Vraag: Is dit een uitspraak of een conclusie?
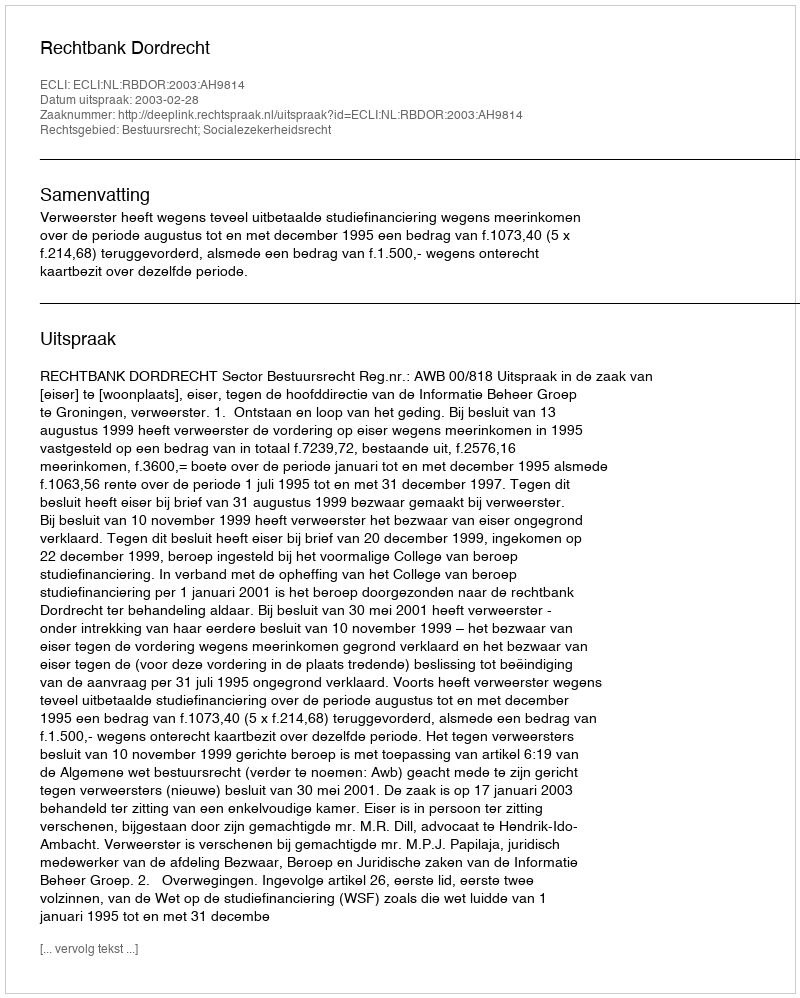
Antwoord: Uitspraak